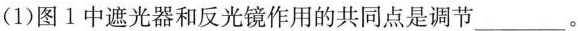
(1)图1中遮光器和反光镜作用的共同点是调节___。